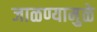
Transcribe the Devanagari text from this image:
जाळण्यामुळे